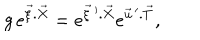
LaTeX: g \, e ^ { { \vec { \xi } } . { \vec { X } } } = e ^ { { \vec { \xi } } \, ^ { \prime } . { \vec { X } } } e ^ { { \vec { u } } \, ^ { \prime } . { \vec { T } } } ,